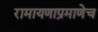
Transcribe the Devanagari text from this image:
रामायणाप्रमाणेच